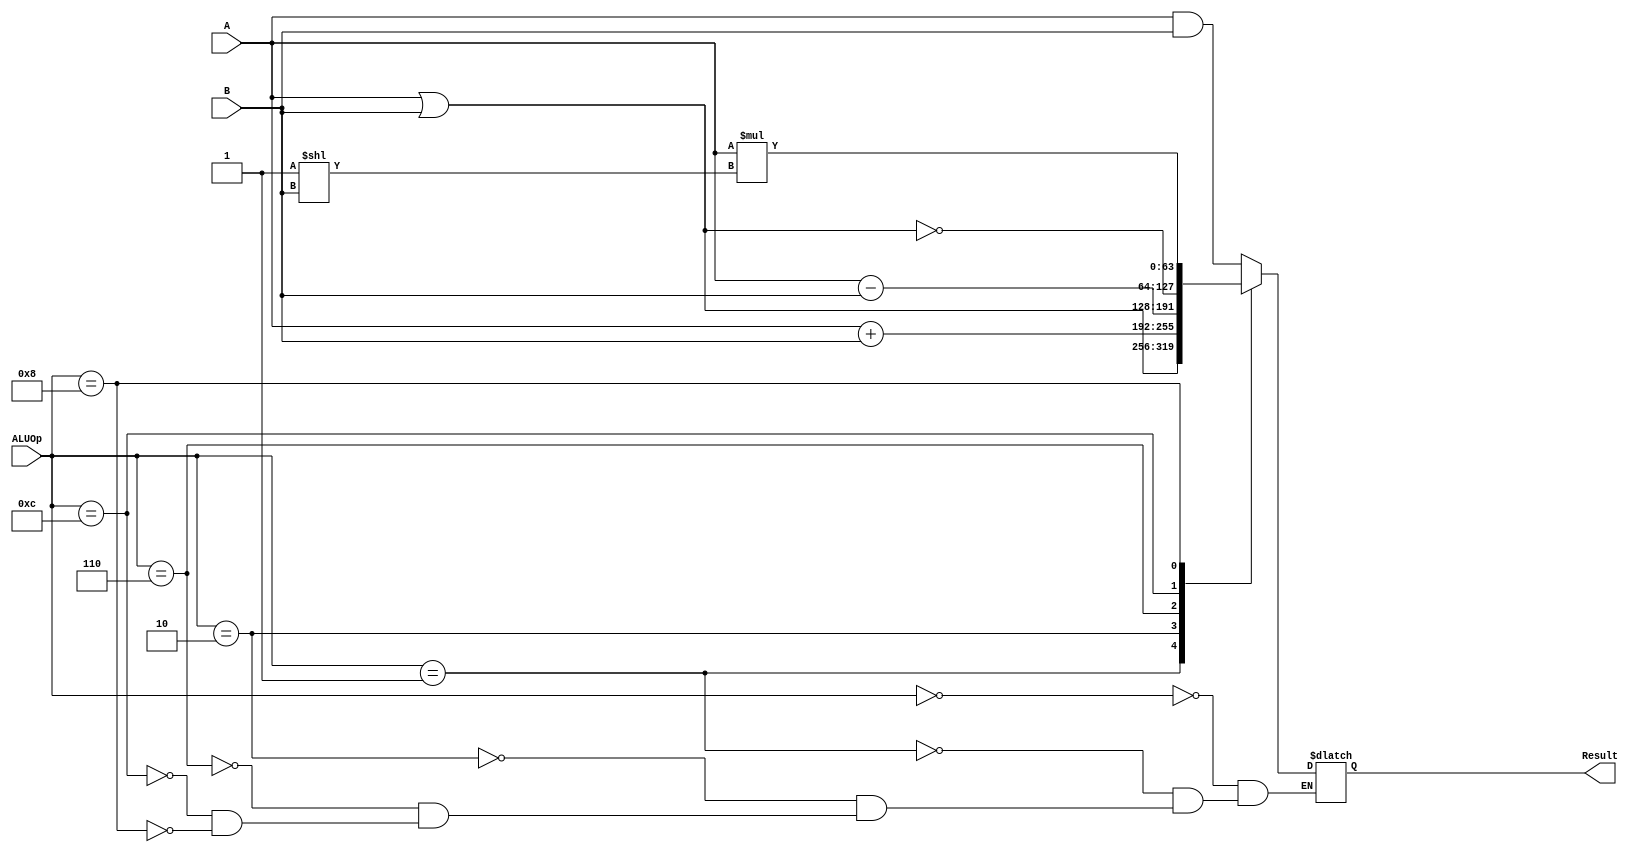
module ALU64bit(
    input [63:0] A,
    input [63:0] B,
    input [3:0] ALUOp,
    output reg [63:0] Result
    );
    
always @(*) begin
    case (ALUOp)
        4'b0000: Result = A & B; //AND
        4'b0001: Result = A | B; //OR
        4'b0010: Result = A + B; //ADD
        4'b0110: Result = A - B; //SUB
        4'b1100: Result = ~(A | B); //NOR
        4'b1000: Result = A * (2 ** B); // SLLI
    endcase
    
end
endmodule